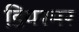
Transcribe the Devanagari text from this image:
डियरमर